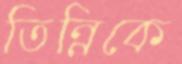
তিন্নিকে